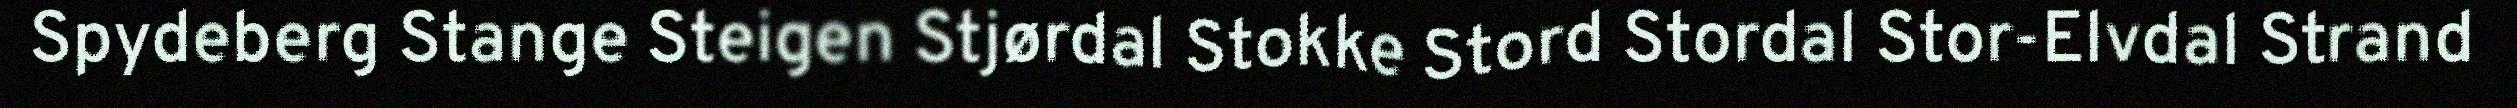
Spydeberg Stange Steigen Stjørdal Stokke Stord Stordal Stor-Elvdal Strand